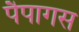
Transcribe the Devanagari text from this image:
पैपागस